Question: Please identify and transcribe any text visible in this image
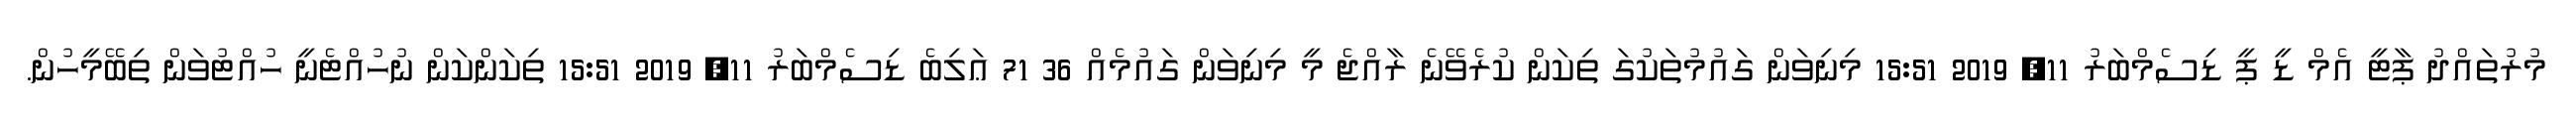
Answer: މުރުތައްދު ޕާޓީ އެމް ޑީ ޕީ ޑިސެމްބަރު 11, 2019 15:51 މިނިވަން ގައުމުތަކުގަ ތިކަން ކުރެވޭނެ ރާއްޖެ މީ މިނިވަން ގައުމެއް 36 71 ޢަލިބެ ޑިސެމްބަރު 11, 2019 15:51 ތިކަންކަން ނުހުއްޓެނީ ހުއްޓުވަން ތިބޭމީހުން.